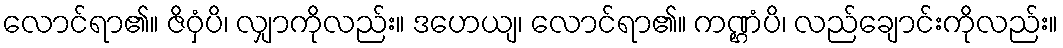
လောင်ရာ၏။ ဇိဝှံပိ၊ လျှာကိုလည်း။ ဒဟေယျ၊ လောင်ရာ၏။ ကဏ္ဌံပိ၊ လည်ချောင်းကိုလည်း။